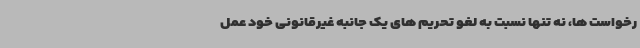
رخواست ها، نه تنها نسبت به لغو تحریم های یک جانبه غیرقانونی خود عمل